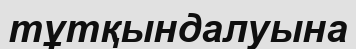
тұтқындалуына